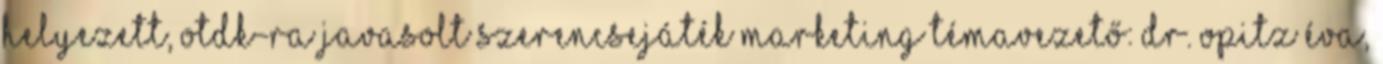
helyezett, OTDK-ra javasolt Szerencsejáték marketing Témavezető: dr. Opitz Éva,